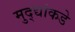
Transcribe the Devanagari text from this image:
मुद्‍द्यांकडे